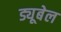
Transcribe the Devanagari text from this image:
ड्यूबेल